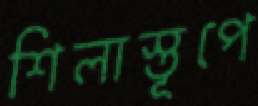
শিলাস্তূপে